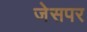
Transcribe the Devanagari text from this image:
जेसपर